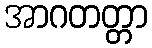
အာဂတတ္တာ